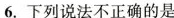
A.原子呈电中性 B.原子中一定含有质子